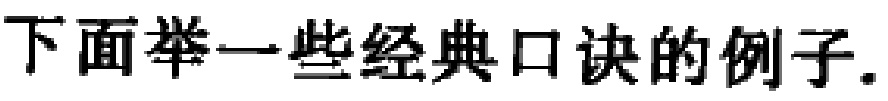
下面举一些经典口诀的例子.